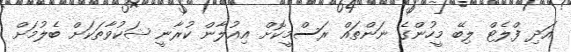
އަދި ފްލެޓް ލިބޭ މީހުންގެ ނަންތައް ރަސްމީކޮށް އިއުލާން ކުރާނީ ޝަކުވާތަކަށް ބެލުމަށް